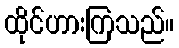
ထိုင်ဟားကြသည်။